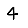
Digit: 4